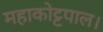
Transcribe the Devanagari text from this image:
महाकोट्टपाल।